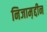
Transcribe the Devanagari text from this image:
निजाम़द्दीन